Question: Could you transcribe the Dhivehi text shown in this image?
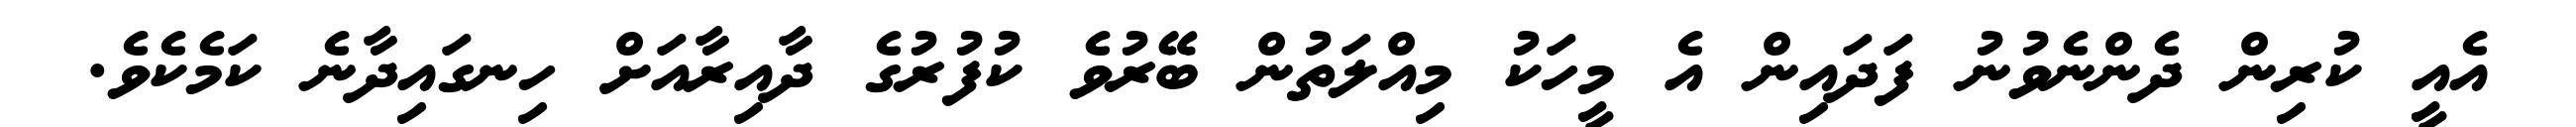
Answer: އެއީ ކުރިން ދެންނެވުނު ފަދައިން އެ މީހަކު މިއްލަތުން ބޭރުވެ ކުފުރުގެ ދާއިރާއަށް ހިނގައިދާނެ ކަމެކެވެ.